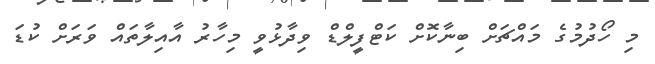
މި ހޯދުމުގެ މައްޗަށް ބިނާކޮށް ކަޓްފީލްޑް ވިދާޅުވީ މިހާރު އާއިލާތައް ވަރަށް ކުޑަ